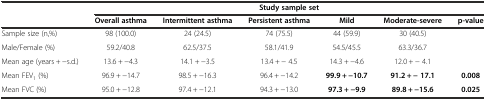
<table><thead><tr><td></td><td colspan="6"><b>Study sample set</b></td></tr><tr><td></td><td><b>Overall asthma</b></td><td><b>Intermittent asthma</b></td><td><b>Persistent asthma</b></td><td><b>Mild</b></td><td><b>Moderate-severe</b></td><td><b>p-value</b></td></tr></thead><tbody><tr><td>Sample size (n,%)</td><td>98 (100.0)</td><td>24 (24.5)</td><td>74 (75.5)</td><td>44 (59.9)</td><td>30 (40.5)</td><td></td></tr><tr><td>Male/Female (%)</td><td>59.2/40.8</td><td>62.5/37.5</td><td>58.1/41.9</td><td>54.5/45.5</td><td>63.3/36.7</td><td></td></tr><tr><td>Mean age (years + -s.d.)</td><td>13.6 + -4.3</td><td>14.1 + -3.5</td><td>13.4 + - 4.5</td><td>14.3 + -4.6</td><td>12.0 + - 4.1</td><td></td></tr><tr><td>Mean FEV<sub>1</sub> (%)</td><td>96.9 + -14.7</td><td>98.5 + -16.3</td><td>96.4 + -14.2</td><td><b>99.9 + -10.7</b></td><td><b>91.2 + - 17.1</b></td><td><b>0.008</b></td></tr><tr><td>Mean FVC (%)</td><td>95.0 + -12.8</td><td>97.4 + -12.1</td><td>94.3 + -13.0</td><td><b>97.3 + -9.9</b></td><td><b>89.8 + -15.6</b></td><td><b>0.025</b></td></tr></tbody></table>